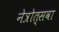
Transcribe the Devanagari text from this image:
नेत्रोत्सवा